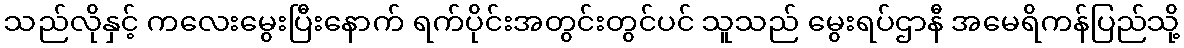
သည်လိုနှင့် ကလေးမွေးပြီးနောက် ရက်ပိုင်းအတွင်းတွင်ပင် သူသည် မွေးရပ်ဌာနီ အမေရိကန်ပြည်သို့